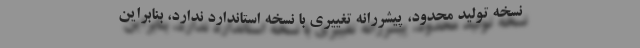
نسخه تولید محدود، پیشررانه تغییری با نسخه استاندارد ندارد، بنابراین